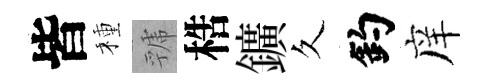
皆種虢梏鑛久釣庠